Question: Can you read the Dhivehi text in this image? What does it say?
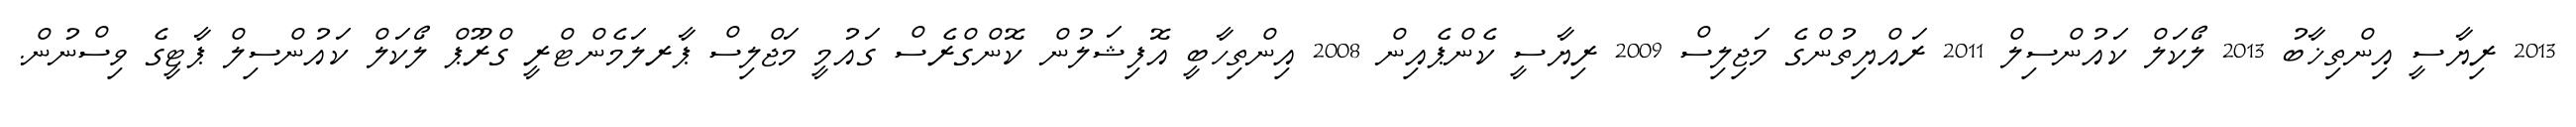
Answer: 2013 ރިޔާސީ އިންތިޚާބު 2013 ލޯކަލް ކައުންސިލް 2011 ރައްޔިތުންގެ މަޖިލިސް 2009 ރިޔާސީ ކެންޕެއިން 2008 އިންތިހާބީ އޮފިޝަލުން ކޮންގްރެސް ގައުމީ މަޖްލިސް ޕާރލަމެންޓްރީ ގްރޫޕް ލޯކަލް ކައުންސިލް ޕާޓީގެ ވިސްނުން.